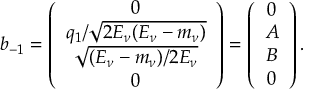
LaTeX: b _ { - 1 } = \left( \begin{array} { c } { { 0 } } \\ { { q _ { 1 } / \sqrt { 2 E _ { \nu } ( E _ { \nu } - m _ { \nu } ) } } } \\ { { \sqrt { ( E _ { \nu } - m _ { \nu } ) / 2 E _ { \nu } } } } \\ { { 0 } } \end{array} \right) = \left( \begin{array} { c } { { 0 } } \\ { { A } } \\ { { B } } \\ { { 0 } } \end{array} \right) .